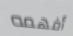
أفهمه